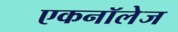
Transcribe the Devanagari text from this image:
एकनॉलेज